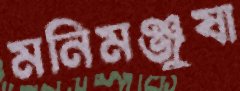
মনিমঞ্জুষা